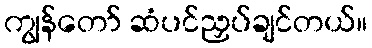
ကျွန်တော် ဆံပင်ညှပ်ချင်တယ်။